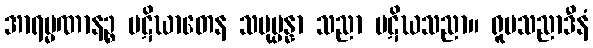
အာရမ္မဏာနဉ္စ ပဋိဃာတေန သမုပ္ပန္နာ သညာ ပဋိဃသညာ။ ရူပသညာဒီနံ